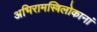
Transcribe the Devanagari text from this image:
अभिरामस्त्रिलोकानां